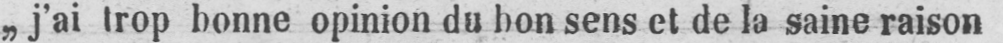
„j’ai trop bonne opinion du bon sens et de la saine raison